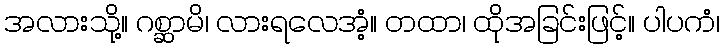
အလားသို့။ ဂစ္ဆာမိ၊ လားရလေအံ့။ တထာ၊ ထိုအခြင်းဖြင့်။ ပါပကံ၊